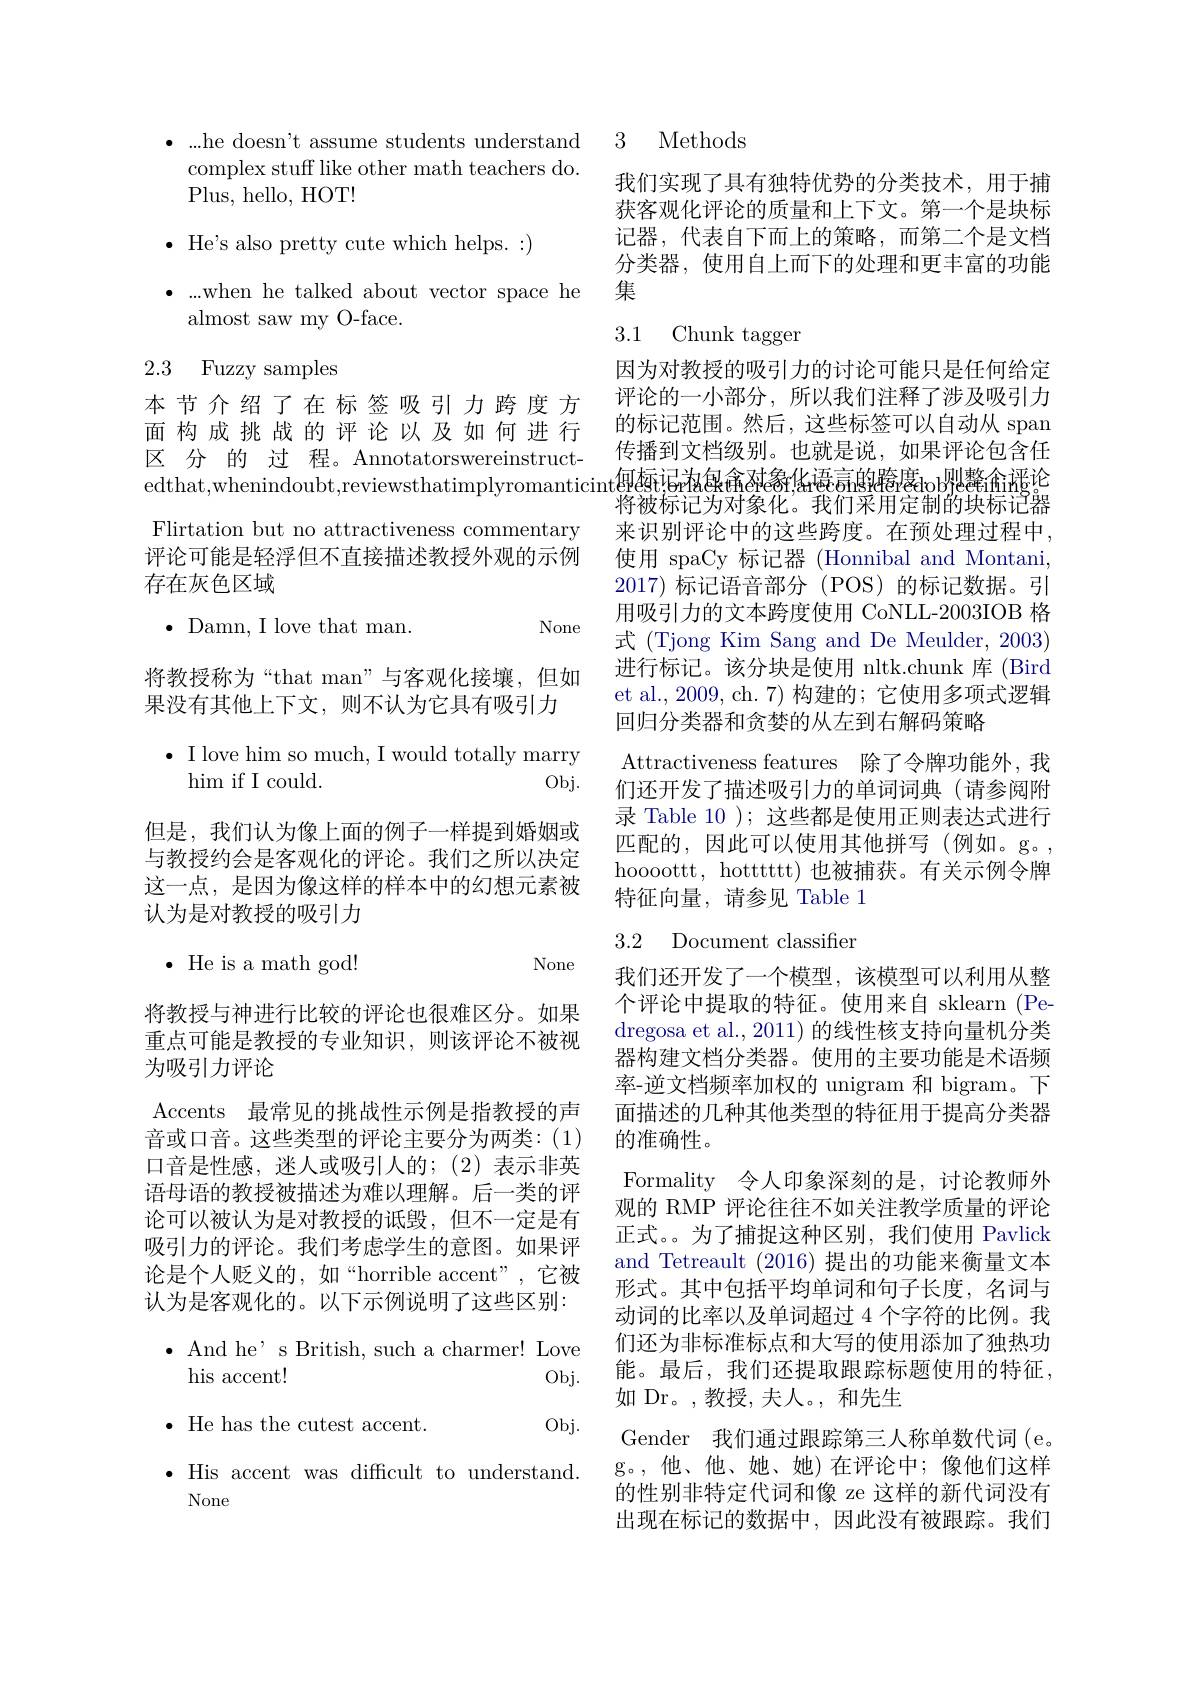
complex stuff like other math teachers do.
Plus, hello, HOT!

$\bullet$ He's also pretty cute which helps.:)

$\bullet...$when he talked about vector space he
almost saw my O-face.

# 2.3 Fuzzy samples

本节介绍了在标签吸引力跨度方面构成挑战的评论以及如何进行区 分 的 过 程。Annotatorswereinstruct- 传播到又自级别。也就是说，如果讲论包含任edthat，whenindoubt,reviewsthatimplyromanticint传 播 到 又 白 级 别 。也 就 是 比 , 如 果 讲 论 包 含 任 edthat, whenindoubt, reviewsthatimplyromanticint 将 被 标 记 为 对 象 化 我 们 采 用 完 制 的 抽 标 产 果
Flirtation but no attractiveness commentary 评论可能是轻浮但不直接描述教授外观的示例存在灰色区域

None

$\bullet$ He is a math god!

None

$\bullet$ Damn, I love that man.
将教授称为“that man”与客观化接壤，但如
果没有其他上下文，则不认为它具有吸引力
$\bullet$ I love him so much, I would totally marry
$\operatorname{him}$ if I could.
$Obj.$
但是，我们认为像上面的例子一样提到婚姻或与教授约会是客观化的评论。我们之所以决定这一点，是因为像这样的样本中的幻想元素被认为是对教授的吸引力
将教授与神进行比较的评论也很难区分。如果重点可能是教授的专业知识，则该评论不被视为吸引力评论
Accents 最常见的挑战性示例是指教授的声音或口音。这些类型的评论主要分为两类：(1) 口音是性感，迷人或吸引人的；(2)表示非英语母语的教授被描述为难以理解。后一类的评论可以被认为是对教授的诋毁，但不一定是有吸引力的评论。我们考虑学生的意图。如果评论是个人贬义的，如“horrible accent”,它被认为是客观化的。以下示例说明了这些区别：
$\bullet$ And he' s British, such a charmer! Love
his accent!
$Obj.$
$\bullet$ He has the cutest accent.
$Obj.$
$\bullet$ His accent was difficult to understand.
None

$\bullet$ ...he doesn't assume students understand 3 Methods

我们实现了具有独特优势的分类技术，用于捕获客观化评论的质量和上下文。第一个是块标记器，代表自下而上的策略，而第二个是文档分类器，使用自上而下的处理和更丰富的功能集

# 3.1 Chunk tagger

因为对教授的吸引力的讨论可能只是任何给定评论的一小部分，所以我们注释了涉及吸引力的标记范围。然后，这些标签可以自动从 span 传播到文档级别。也就是说，如果评论包含任将被标记为对象化。我们采用定制的块标论器来识别评论中的这些跨度。在预处理过程中使用 spaCy 标记器 (Honnibal and Montani. 2017)标记语音部分(POS)的标记数据。引用吸引力的文本跨度使用 CoNLL-2003IOB 格式 (Tjong Kim Sang and De Meulder, 2003) 进行标记。该分块是使用 nltk.chunk 库 (Bird et al., 2009, ch. 7) 构建的；它使用多项式逻辑回归分类器和贪婪的从左到右解码策略
Attractiveness features 除了令牌功能外，我们还开发了描述吸引力的单词词典(请参阅附录 Table 10 ); 这些都是使用正则表达式进行匹配的，因此可以使用其他拼写(例如。g。, hoooottt, hottttt) 也被捕获。有关示例令牌特征向量，请参见 Table 1

## 3.2 Document classifier

我们还开发了一个模型，该模型可以利用从整个评论中提取的特征。使用来自 sklearn (Pedregosa et al., 2011) 的线性核支持向量机分类器构建文档分类器。使用的主要功能是术语频率-逆文档频率加权的 unigram 和 bigram。下面描述的几种其他类型的特征用于提高分类器的准确性。
Formality 令人印象深刻的是，讨论教师外观的 RMP 评论往往不如关注教学质量的评论正式。为了捕捉这种区别，我们使用 Pavlick and Tetreault (2016) 提出的功能来衡量文本形式。其中包括平均单词和句子长度，名词与动词的比率以及单词超过 4 个字符的比例。我们还为非标准标点和大写的使用添加了独热功能。最后，我们还提取跟踪标题使用的特征， 如 Dr。,教授，夫人。,和先生
Gender 我们通过跟踪第三人称单数代词(e。g。,他、他、她、她)在评论中；像他们这样的性别非特定代词和像 ze 这样的新代词没有出现在标记的数据中，因此没有被跟踪。我们